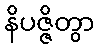
နိပဇ္ဇိတွာ